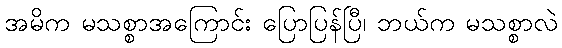
အမိက မသစ္စာအကြောင်း ပြောပြန်ပြီ၊ ဘယ်က မသစ္စာလဲ